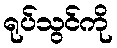
ရုပ်သွင်ကို